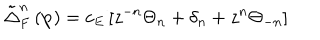
\tilde { \Delta } _ { F } ^ { n } \left( \mathbf { p } \right) = c _ { E } \left[ z ^ { - n } \Theta _ { n } + \delta _ { n } + z ^ { n } \Theta _ { - n } \right]